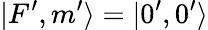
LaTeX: |F^{\prime},m^{\prime}\rangle=|0^{\prime},0^{\prime}\rangle